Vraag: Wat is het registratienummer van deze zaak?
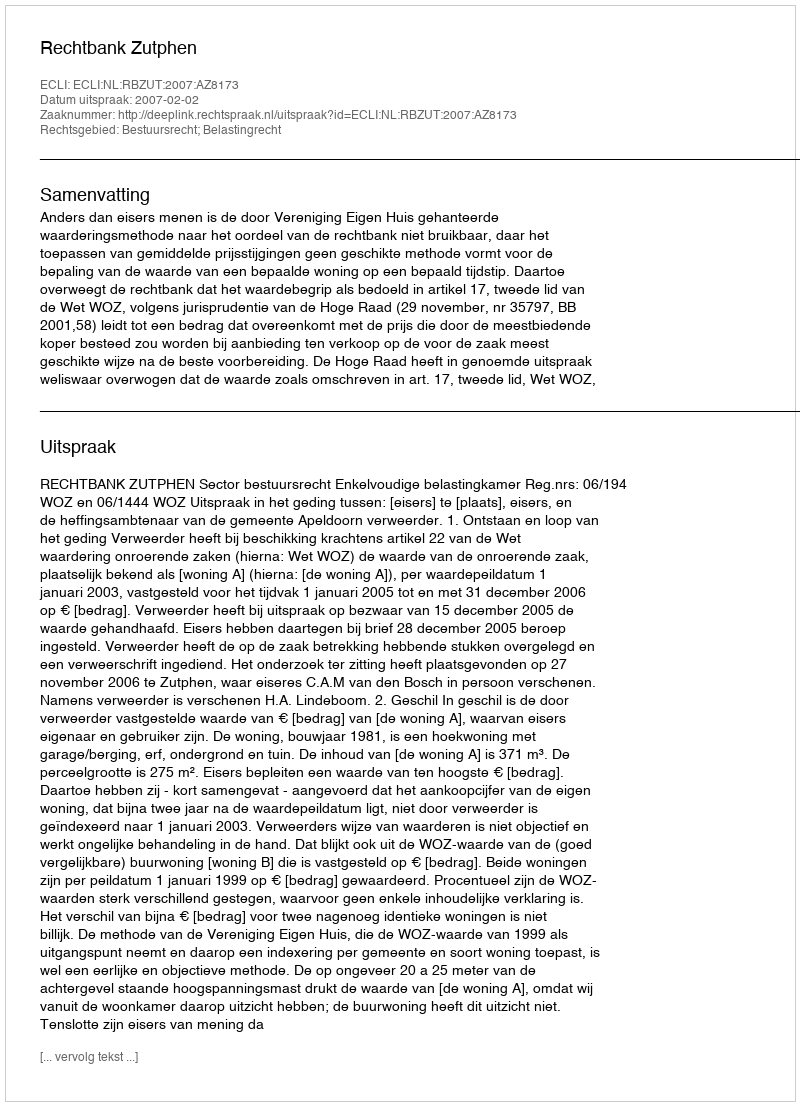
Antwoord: http://deeplink.rechtspraak.nl/uitspraak?id=ECLI:NL:RBZUT:2007:AZ8173